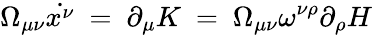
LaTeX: \Omega_{\mu\nu}\dot{x^{\nu}}~=~\partial_{\mu}K~=~\Omega_{\mu\nu}\omega^{\nu\rho}\partial_{\rho}H